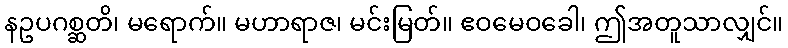
နဥပဂစ္ဆတိ၊ မရောက်။ မဟာရာဇ၊ မင်းမြတ်။ ဧဝမေဝခေါ၊ ဤအတူသာလျှင်။